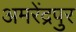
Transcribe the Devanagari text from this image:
अमरेंद्रपुर